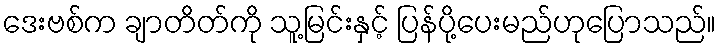
ဒေးဗစ်က ချာတိတ်ကို သူ့မြင်းနှင့် ပြန်ပို့ပေးမည်ဟုပြောသည်။